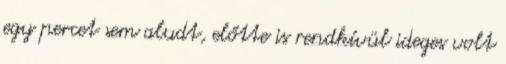
egy percet sem aludt, előtte is rendkívül ideges volt